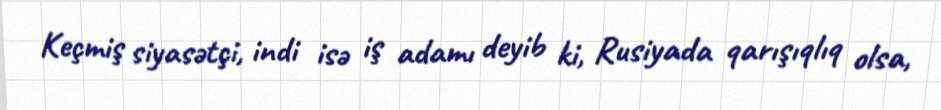
Keçmiş siyasətçi, indi isə iş adamı deyib ki, Rusiyada qarışıqlıq olsa,